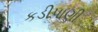
કડીપાણી